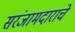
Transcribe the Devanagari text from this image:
सरंजामदाराचे